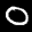
Label: 0